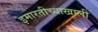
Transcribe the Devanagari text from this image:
इमारतीच्याखाली